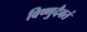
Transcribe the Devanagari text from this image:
विष्णुदैवतं